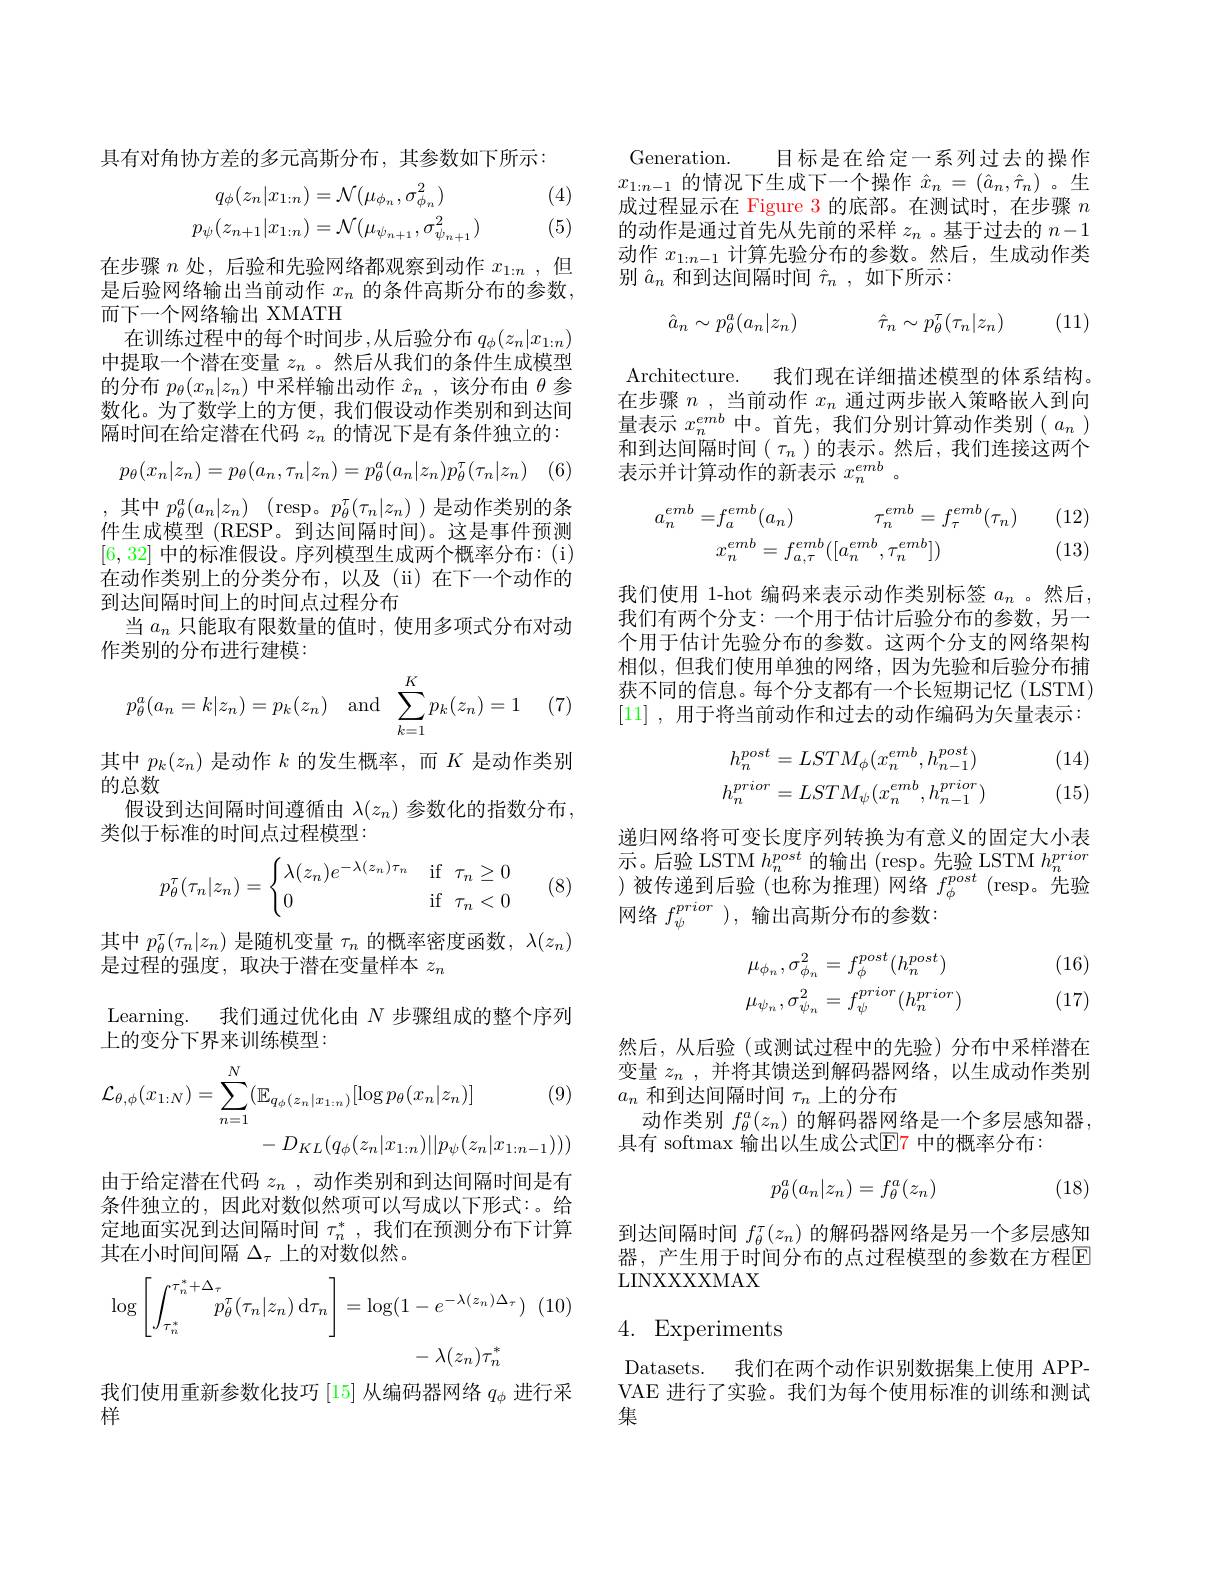
具有对角协方差的多元高斯分布，其参数如下所示：

(4)
$$\begin{aligned}q_\phi(z_n|x_{1:n})&=\mathcal{N}(\mu_{\phi_n},\sigma_{\phi_n}^2)\\p_\psi(z_{n+1}|x_{1:n})&=\mathcal{N}(\mu_{\psi_{n+1}},\sigma_{\psi_{n+1}}^2)\end{aligned}$$
(5)

在步骤$n$处，后验和先验网络都观察到动作$x_{1:n}$ ,但是后验网络输出当前动作$x_n$的条件高斯分布的参数。而下一个网络输出 XMATH
在训练过程中的每个时间步 ,从后验分布 $q_\phi(z_n|x_{1:n})$ 中提取一个潜在变量$z_n$ 。然后从我们的条件生成模型的分布$p_\theta(x_n|z_n)$中采样输出动作$\hat{x}_n$,该分布由$\theta$参数化。为了数学上的方便，我们假设动作类别和到达间隔时间在给定潜在代码$z_n$的情况下是有条件独立的：
$$p_\theta(x_n|z_n)=p_\theta(a_n,\tau_n|z_n)=p_\theta^a(a_n|z_n)p_\theta^\tau(\tau_n|z_n)$$
[6,32]中的标准假设。序列模型生成两个概率分布：(i)

,其中$p_\theta ^a( a_n| z_n)$ (resp。$p_\theta^\tau(\tau_n|z_n))$是动作类别的条件生成模型 (RESP。到达间隔时间)。这是事件预测在动作类别上的分类分布，以及(ii)在下一个动作的到达间隔时间上的时间点过程分布
当$a_n$只能取有限数量的值时，使用多项式分布对动
作类别的分布进行建模：
$$p_\theta^a(a_n=k|z_n)=p_k(z_n)\quad\text{and}\quad\sum_{k=1}^Kp_k(z_n)=1$$
(7)

其中$p_k(z_n)$是动作$k$的发生概率，而$K$是动作类别
的总数
假设到达间隔时间遵循由$\lambda(z_n)$参数化的指数分布，
类似于标准的时间点过程模型：
$$p_\theta^\tau(\tau_n|z_n)=\begin{cases}\lambda(z_n)e^{-\lambda(z_n)\tau_n}&\text{if}\:\tau_n\ge0\\0&\text{if}\:\tau_n<0\end{cases}$$
(8)

其中$p_\theta^{\tau}(\tau_n|z_n)$是随机变量$\tau_n$的概率密度函数，$\lambda(z_n)$
是过程的强度，取决于潜在变量样本$z_n$
Learning. 我们通过优化由$N$步骤组成的整个序列
上的变分下界来训练模型：
$$\begin{aligned}\mathcal{L}_{\theta,\phi}(x_{1:N})&=\sum_{n=1}^{N}(\mathbb{E}_{q_{\phi}(z_{n}|x_{1:n})}[\log p_{\theta}(x_{n}|z_{n})]&\text{(9)}\\&-D_{KL}(q_{\phi}(z_{n}|x_{1:n})||p_{\psi}(z_{n}|x_{1:n-1})))\end{aligned}$$
由于给定潜在代码$z_n$ ,动作类别和到达间隔时间是有条件独立的，因此对数似然项可以写成以下形式：。给定地面实况到达间隔时间$\tau_n^*$,我们在预测分布下计算其在小时间间隔$\Delta_\tau$上的对数似然。
$$\log\left[\int_{\tau_{n}^{*}}^{\tau_{n}^{*}+\Delta_{\tau}}p_{\theta}^{\tau}(\tau_{n}|z_{n})\:\mathrm{d}\tau_{n}\right]=\log(1-e^{-\lambda(z_{n})\Delta_{\tau}})\\-\lambda(z_{n})\tau_{n}^{*}$$
我们使用重新参数化技巧[15]从编码器网络$q_\mathrm{\phi}$进行采
样

Generation. 目标是在给定一系列过去的操作$x_{1:n-1}$的情况下生成下一个操作$\hat{x}_n=(\hat{a}_n,\hat{\tau}_n)$。生成过程显示在 Figure 3 的底部。在测试时，在步骤$n$ 的动作是通过首先从先前的采样$z_n$ 。基于过去的$n-1$ 动作$x_{1:n-1}$计算先验分布的参数。然后，生成动作类别$\hat{a}_n$和到达间隔时间$\hat{\tau}_n$,如下所示：
$$\hat{a}_n\sim p_\theta^a(a_n|z_n)\quad\hat{\tau}_n\sim p_\theta^\tau(\tau_n|z_n)$$
(11)

Architecture. 我们现在详细描述模型的体系结构。在步骤$n$ , 当前动作$x_n$通过两步嵌人策略嵌人到向量表示$x_n^{emb}$中。首先，我们分别计算动作类别($a_n$ ) 和到达间隔时间( $\tau_n$ )的表示。然后，我们连接这两个表示并计算动作的新表示$x_n^{emb}$。

(12)
$$\begin{aligned}a_{n}^{emb}=&f_{a}^{emb}(a_{n})\quad\tau_{n}^{emb}=f_{\tau}^{emb}(\tau_{n})\\&x_{n}^{emb}=f_{a,\tau}^{emb}([a_{n}^{emb},\tau_{n}^{emb}])\end{aligned}$$
(13)

我们使用 1-hot 编码来表示动作类别标签$a_n$ 。然后， 我们有两个分支：一个用于估计后验分布的参数，另一个用于估计先验分布的参数。这两个分支的网络架构相似，但我们使用单独的网络，因为先验和后验分布捕获不同的信息。每个分支都有一个长短期记忆 (LSTM) [11] ,用于将当前动作和过去的动作编码为矢量表示：
$$h_{n}^{post}=LSTM_{\phi}(x_{n}^{emb},h_{n-1}^{post})\\h_{n}^{prior}=LSTM_{\psi}(x_{n}^{emb},h_{n-1}^{prior})$$
(14) (15)

递归网络将可变长度序列转换为有意义的固定大小表示。后验 LSTM $h_n^{post}$的输出 (resp。先验 LSTM $h_n^{prior}$ )被传递到后验(也称为推理)网络$f_\phi^{post}$ (resp。先验网络$f_\psi^{prior}$ ),输出高斯分布的参数：

(16)
$$\begin{aligned}\mu_{\phi_n},\sigma_{\phi_n}^2&=f_\phi^{post}(h_n^{post})\\\mu_{\psi_n},\sigma_{\psi_n}^2&=f_\psi^{prior}(h_n^{prior})\end{aligned}$$
(17)

然后，从后验(或测试过程中的先验)分布中采样潜在变量$z_n$ ,并将其馈送到解码器网络，以生成动作类别$a_n$和到达间隔时间$\tau_n$上的分布
动作类别$f_\theta^a(z_n)$的解码器网络是一个多层感知器，
具有 softmax 输出以生成公式$\mathbb{E}$7 中的概率分布：
$$p_\theta^a(a_n|z_n)=f_\theta^a(z_n)$$
(18)

到达间隔时间$f_\theta^\tau(z_n)$的解码器网络是另一个多层感知器，产生用于时间分布的点过程模型的参数在方程E LINXXXXMAX

## 4. Experiments

Datasets. 我们在两个动作识别数据集上使用 APPVAE 进行了实验。我们为每个使用标准的训练和测试集